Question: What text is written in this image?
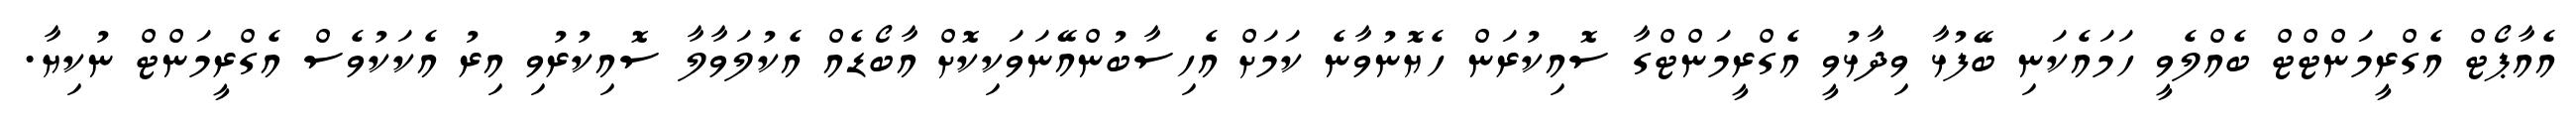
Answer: އެއާޕޯޓް އެގްރީމަންޓްޓް ބެއްލެވީ ހަމައެކަނި ބޭފުޅާ ވިދާޅުވީ އެގްރީމަންޓްގާ ސޮއިކުރަން ހެޔޮނުވާނެ ކަމަށް އެހިސާބުންއޭނަވަކިކޮށް އާބޯޑެއް އެކުލަވާލާ ސޮއިކުރުވި އިރު އެކަކުވެސް އެގްރީމަންޓް ނުކިޔާ.